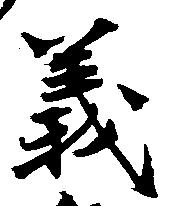
義